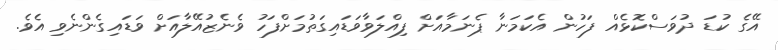
އޭގެ ކުޑަ ދުވަސްކޮޅެއް ފަހުން އެކަމަނާ ޕެނަމާއަށް ފިއްލަވާވަޑައިގަތުމަށްފަހު ވެނެޒުއޭލާއަށް ވަޑައިގެންނެވި އެވެ.